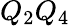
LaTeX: Q_{2}Q_{4}